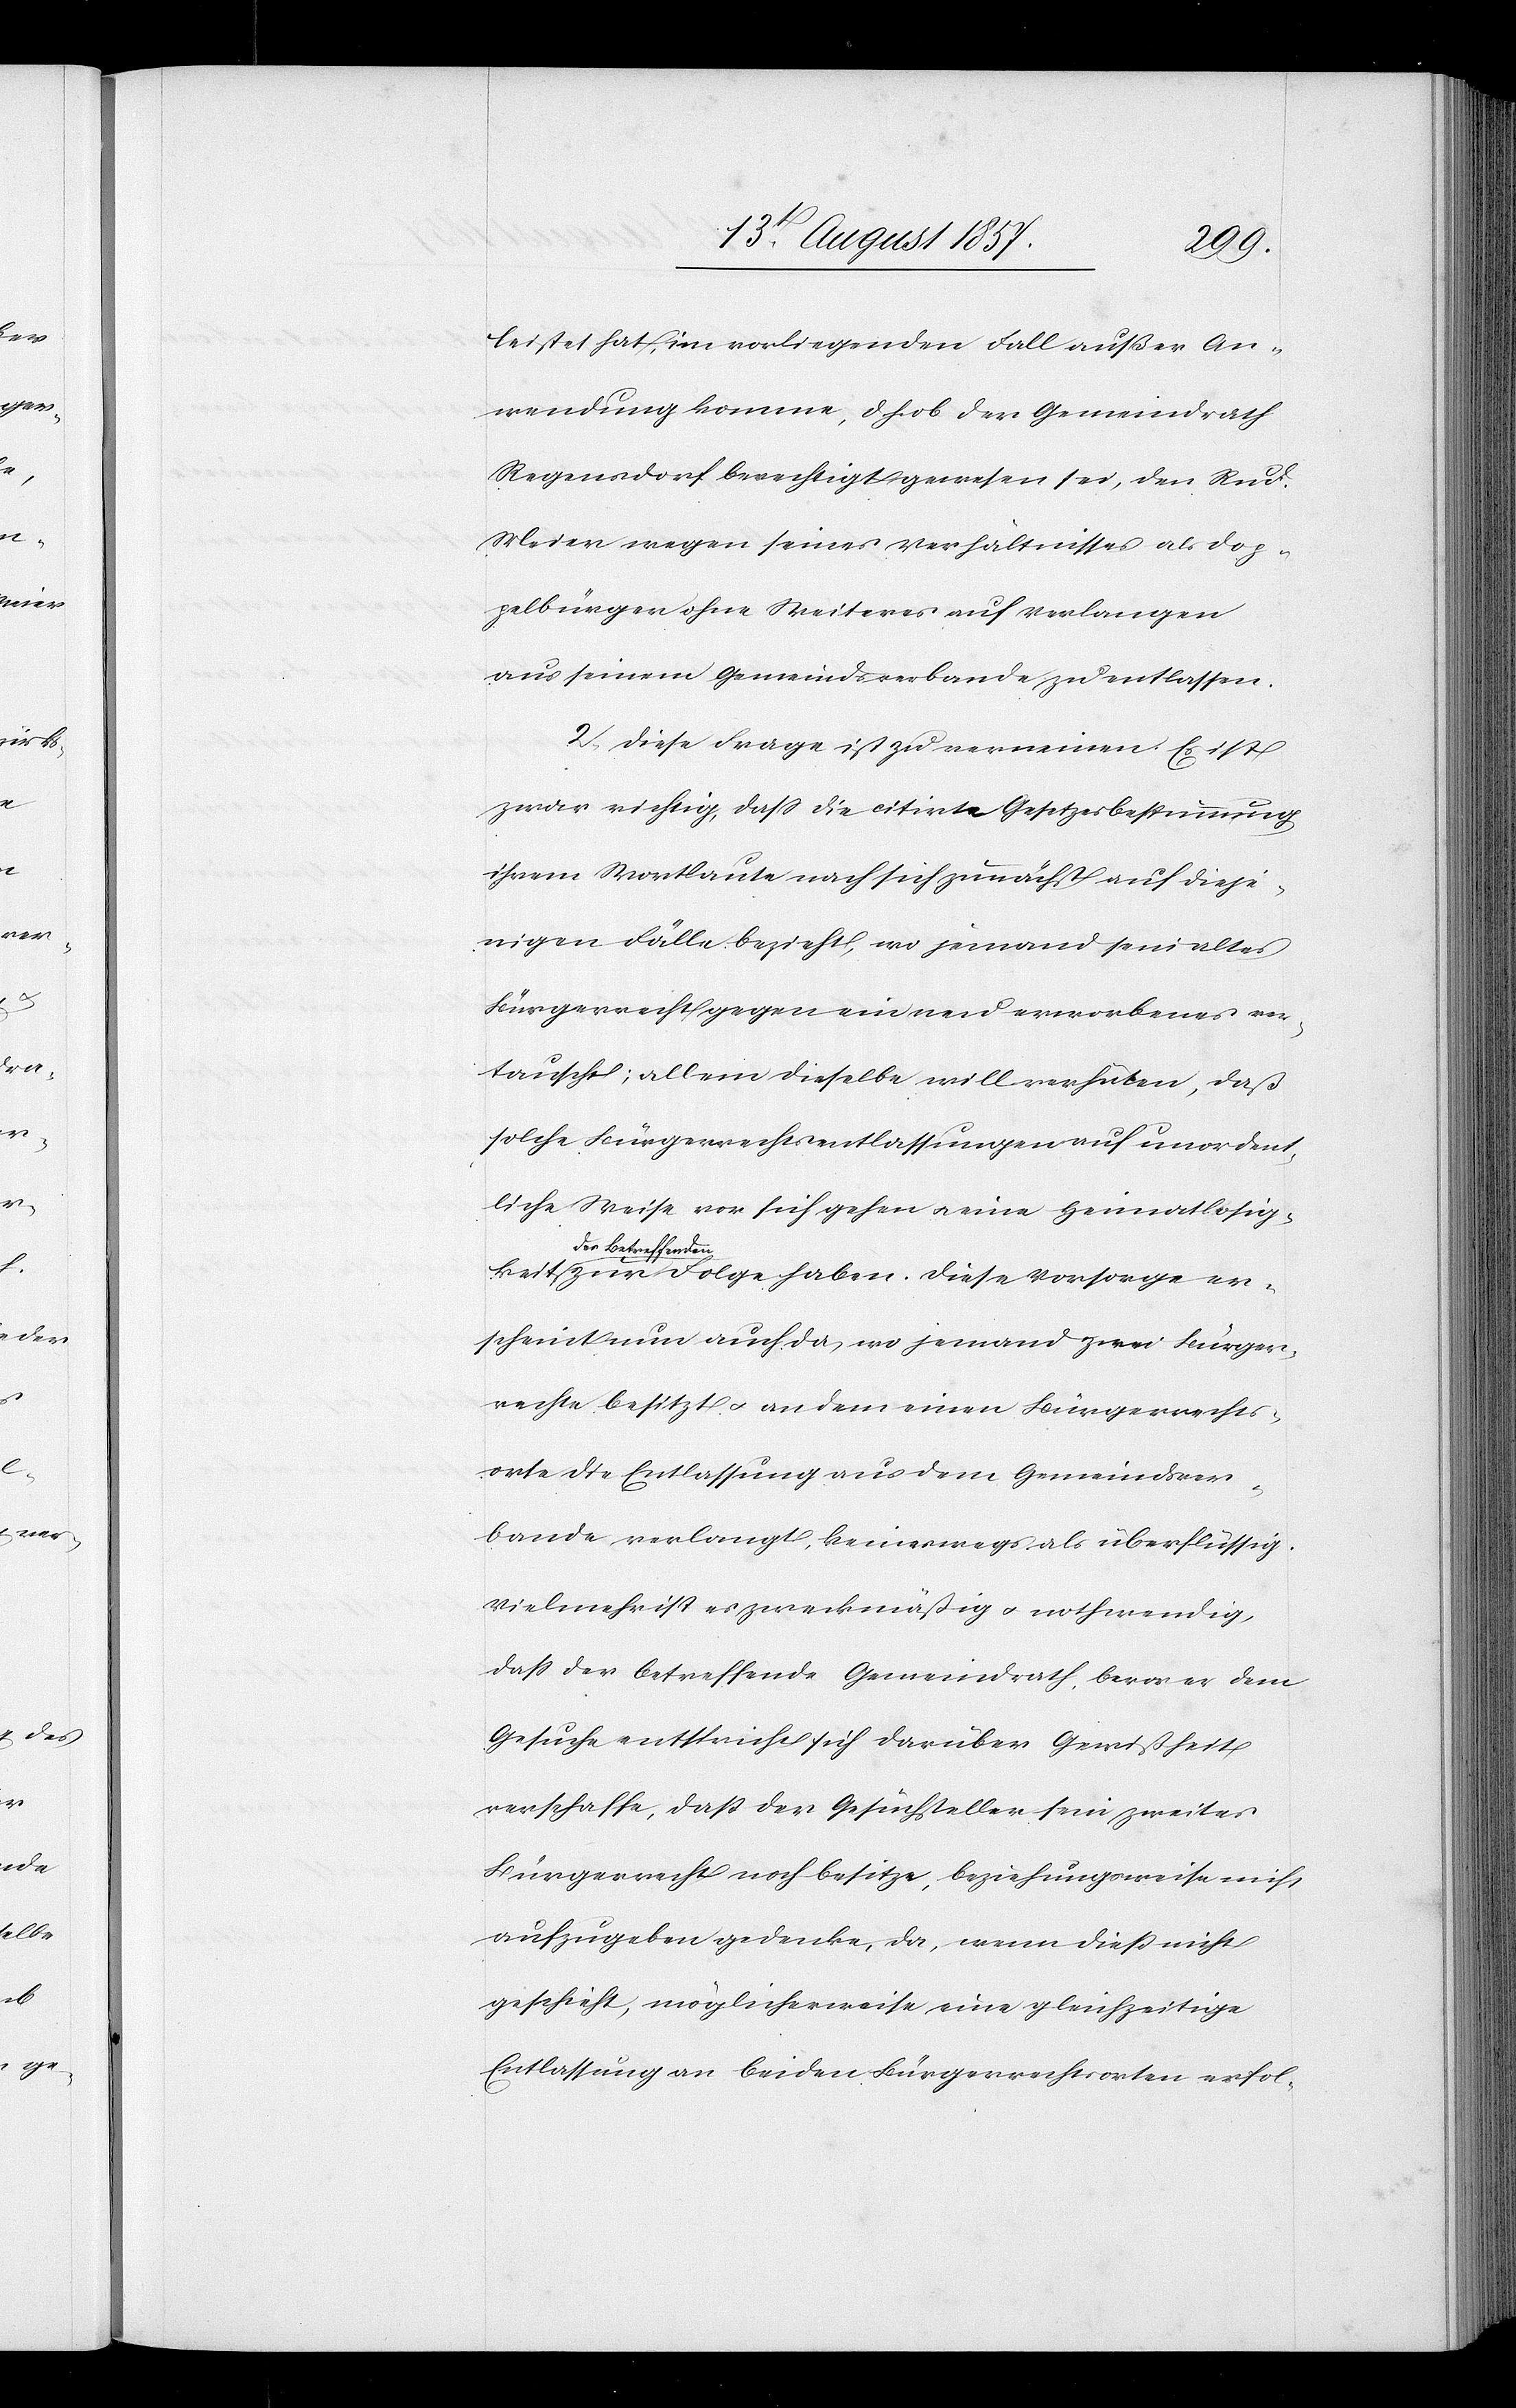
leistet hat, im vorliegenden Fall außer An¬
wendung komme, d. h. ob der Gemeindrath
Regensdorf berechtigt gewesen sei, den Rud.
Meier wegen seines Verhältnisses als Dop¬
pelbürger ohne Weiteres auf Verlangen
aus seinem Gemeindsverbande zu entlassen.
2. Diese Frage ist zu verneinen. Es ist
zwar richtig, daß die citirte Gesetzesbestimmung
ihrem Wortlaute nach sich zunächst auf dieje¬
nigen Fälle bezieht, wo jemand sein altes
Bürgerrecht gegen ein neu erworbenes ver¬
tauscht; allein dieselbe will verhüten, daß
solche Bürgerrechtsentlassungen auf unordent¬
liche Weise vor sich gehen & eine Heimatlosig¬
der Betref¬
fend¬
en zur Folge haben. Diese Vorsorge er¬
scheint nun auch da, wo jemand zwei Bürger¬
rechte besitzt & an dem einen Bürgerrechts¬
orte die Entlassung aus dem Gemeindsver¬
bande verlangt, keineswegs als überflüssig.
Vielmehr ist es zweckmäßig & nothwendig,
da der betreffende Gemeindrath, bevor er dem
Gesuche entspricht sich darüber Gewißheit
verschaffe, daß der Gesuchsteller sein zweites
Bürgerrecht noch besitze, beziehungsweise nicht
aufzugeben gedenke, da, wenn dieß nicht
geschieht, möglicherweise eine gleichzeitige
Entlassung an beiden Bürgerrechtsorten erfol-